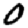
Digit: 0